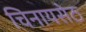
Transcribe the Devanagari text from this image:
चिनायसेठ